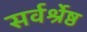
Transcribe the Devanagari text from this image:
सर्वर्श्रेष्ठ